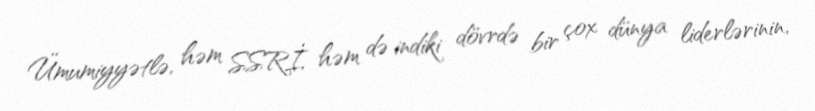
Ümumiyyətlə, həm SSRİ, həm də indiki dövrdə bir çox dünya liderlərinin,